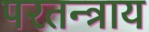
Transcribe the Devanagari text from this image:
परतन्त्राय